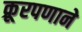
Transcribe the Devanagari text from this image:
क्रूरपणाने